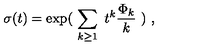
\sigma ( t ) = \exp ( \ \sum _ { k \geq 1 } \ t ^ { k } { \frac { \Phi _ { k } } { k } } \ ) \ ,